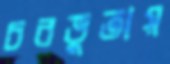
চরভুতায়